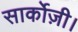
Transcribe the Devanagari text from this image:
सार्कोज़ी।